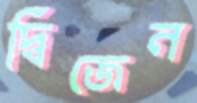
দ্বিজেন